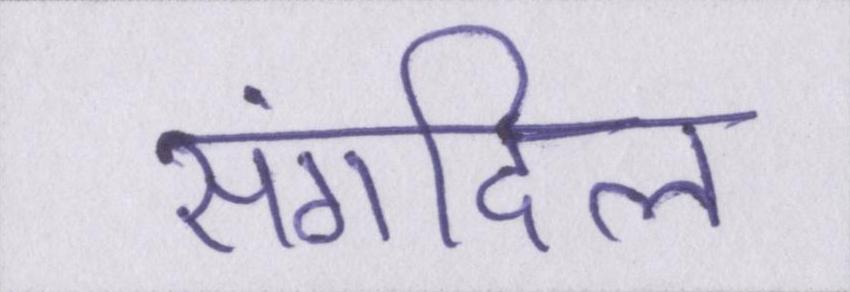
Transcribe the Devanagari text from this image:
संगदिल